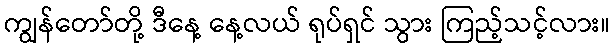
ကျွန်တော်တို့ ဒီနေ့ နေ့လယ် ရုပ်ရှင် သွား ကြည့်သင့်လား။